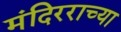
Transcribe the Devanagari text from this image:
मंदिरराच्या